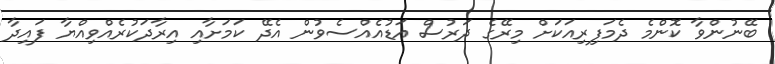
ބޭނުންވާ ކޮންމެ ދެމަފިރިއަކަށް މިރޭގެ ދަރުސް އަޑުއެއްސެވުން އެދޭ ކަމަށާއި އިރާދަކުރެއްވިއްޔާ ފައިދާ